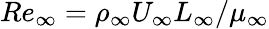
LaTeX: Re_{\infty}=\rho_{\infty}U_{\infty}L_{\infty}/\mu_{\infty}